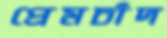
প্রেমচাঁদ